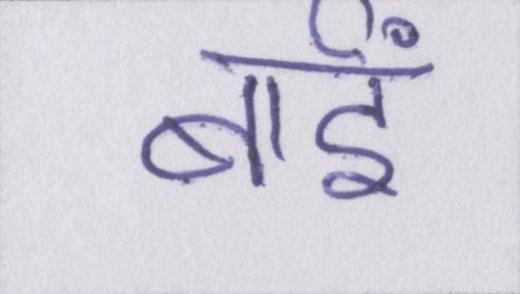
बाईं